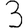
Digit: 3